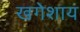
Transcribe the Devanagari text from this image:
खगेशाय